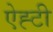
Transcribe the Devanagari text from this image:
ऐह्टी